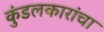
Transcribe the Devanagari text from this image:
कुंडलकारांचा